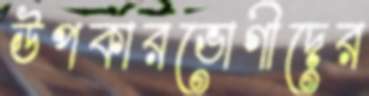
উপকারভোগীদের